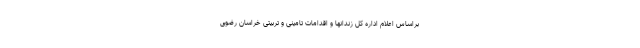
براساس اعلام اداره کل زندانها و اقدامات تامینی و تربیتی خراسان رضوی